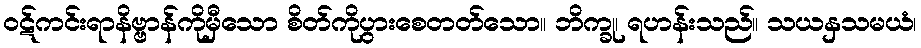
ဝဋ်ကင်းရာနိဗ္ဗာန်ကိုမှီသော စိတ်ကိုပွားစေတတ်သော။ ဘိက္ခု၊ ရဟန်းသည်။ သယနှသမယံ၊